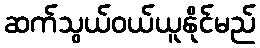
ဆက်သွယ်ဝယ်ယူနိုင်မည်